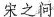
宋之问